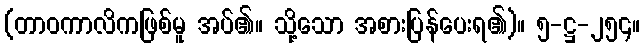
(တာဝကာလိကဖြစ်မူ အပ်၏။ သို့သော အစားပြန်ပေးရ၏)။ ၅-ဋ္ဌ-၂၅၄။